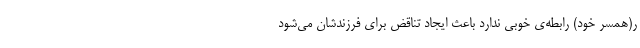
ر(همسر خود) رابطه‌ی خوبی ندارد باعث ایجاد تناقض برای فرزندشان می‌شود